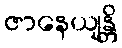
ဇာနေယျန္တိ